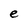
Character: e